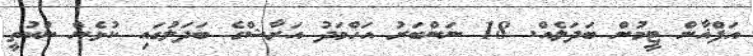
އަފްޣާން ޓީމުން ބަދަލެއް. 18 ނަންބަރު އަހްމަދު އަރާޝްގެ ބަދަލުގައި ކުޅެން ނުކުތީ